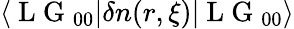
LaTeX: \langle\mathrm{~L~G~}_{00}|\delta n(r,\xi)|\mathrm{~L~G~}_{00}\rangle